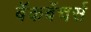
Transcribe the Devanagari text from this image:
बॅकबेंचर्स